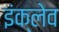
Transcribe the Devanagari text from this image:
इंक्लेव